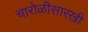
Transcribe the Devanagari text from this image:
चारोळीसारखी